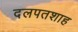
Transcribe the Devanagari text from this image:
दलपतशाह